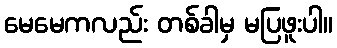
မေမေကလည်း တစ်ခါမှ မပြဖူးပါ။